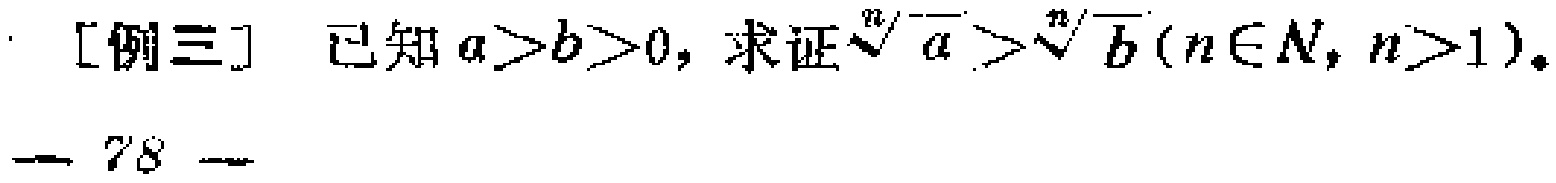
[例三] 已知\(a > b > 0\)，求证\(\sqrt[n]{a}>\sqrt[n]{b}(n\in N,n > 1)\)。

— 78 —